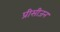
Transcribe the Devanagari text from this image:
प्रीसीजन